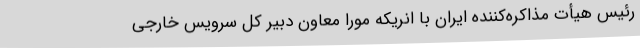
رئیس هیأت مذاکره‌کننده ایران با انریکه مورا معاون دبیر کل سرویس خارجی